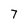
Character: 7